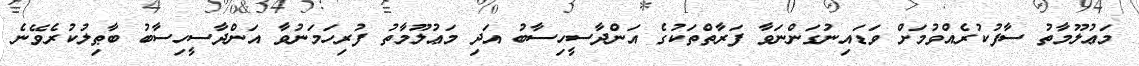
މަޢުލޫމާތު ސާފުކުރެއްވުމަށް ވަޑައިނުގަންނަވާ ފަރާތްތަކުގެ އަންދާސީހިސާބު އަދި މަޢުލޫމާތު ފުރިހަމަނުވާ އަންދާސީހިސާބު ބާޠިލުކުރެވޭނެ